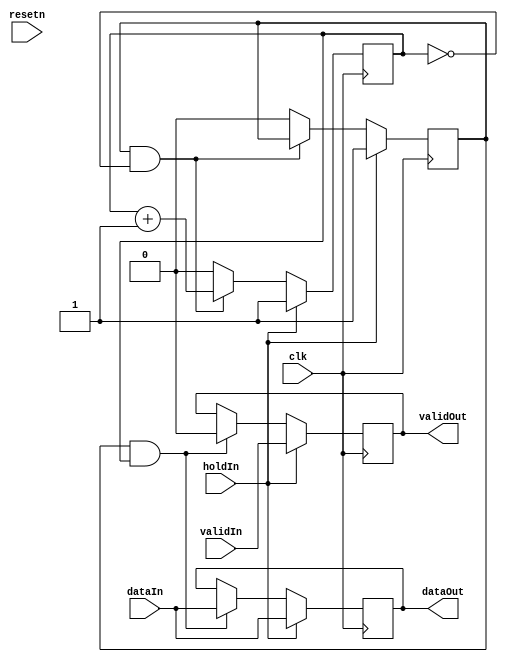
// Generator : SpinalHDL v1.7.3    git head : ed8004c489ee8a38c2cab309d0447b543fe9d5b8
// Component : holdDataCycle

`timescale 1ns/1ps

module holdDataCycle (
  input               validIn,
  input      [31:0]   dataIn,
  input               holdIn,
  output              validOut,
  output     [31:0]   dataOut,
  input               clk,
  input               resetn
);

  reg                 holdReg_0;
  reg                 validReg_0;
  reg        [31:0]   dataReg_0;
  wire                validTemp_0;
  wire       [31:0]   dataTemp_0;
  reg        [0:0]    counterHoldCycle;
  wire                when_nocDefines_l536;
  wire                when_nocDefines_l547;

  assign when_nocDefines_l536 = (holdReg_0 && (counterHoldCycle != 1'b1));
  assign when_nocDefines_l547 = (holdReg_0 && (counterHoldCycle == 1'b1));
  assign dataOut = dataReg_0;
  assign validOut = validReg_0;
  always @(posedge clk) begin
    if(holdIn) begin
      counterHoldCycle <= 1'b1;
      holdReg_0 <= 1'b1;
    end else begin
      if(when_nocDefines_l536) begin
        counterHoldCycle <= (counterHoldCycle + 1'b1);
      end else begin
        counterHoldCycle <= 1'b0;
        holdReg_0 <= 1'b0;
      end
    end
    if(holdIn) begin
      dataReg_0 <= dataIn;
      validReg_0 <= validIn;
    end else begin
      if(when_nocDefines_l547) begin
        dataReg_0 <= dataIn;
        validReg_0 <= 1'b0;
      end
    end
  end


endmodule